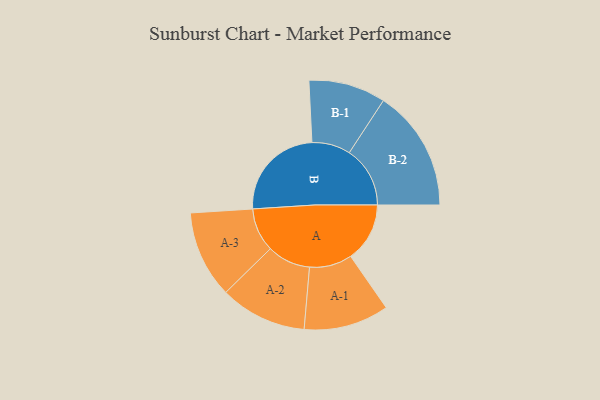
{"axis": {"x": "Segment", "y": "Value"}, "legend": ["", "A", "B"], "data": [{"x": "A", "y": 279, "type": ""}, {"x": "B", "y": 459, "type": ""}, {"x": "A-1", "y": 201, "type": "A"}, {"x": "A-2", "y": 205, "type": "A"}, {"x": "A-3", "y": 206, "type": "A"}, {"x": "B-1", "y": 182, "type": "B"}, {"x": "B-2", "y": 287, "type": "B"}]}